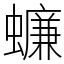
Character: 蠊